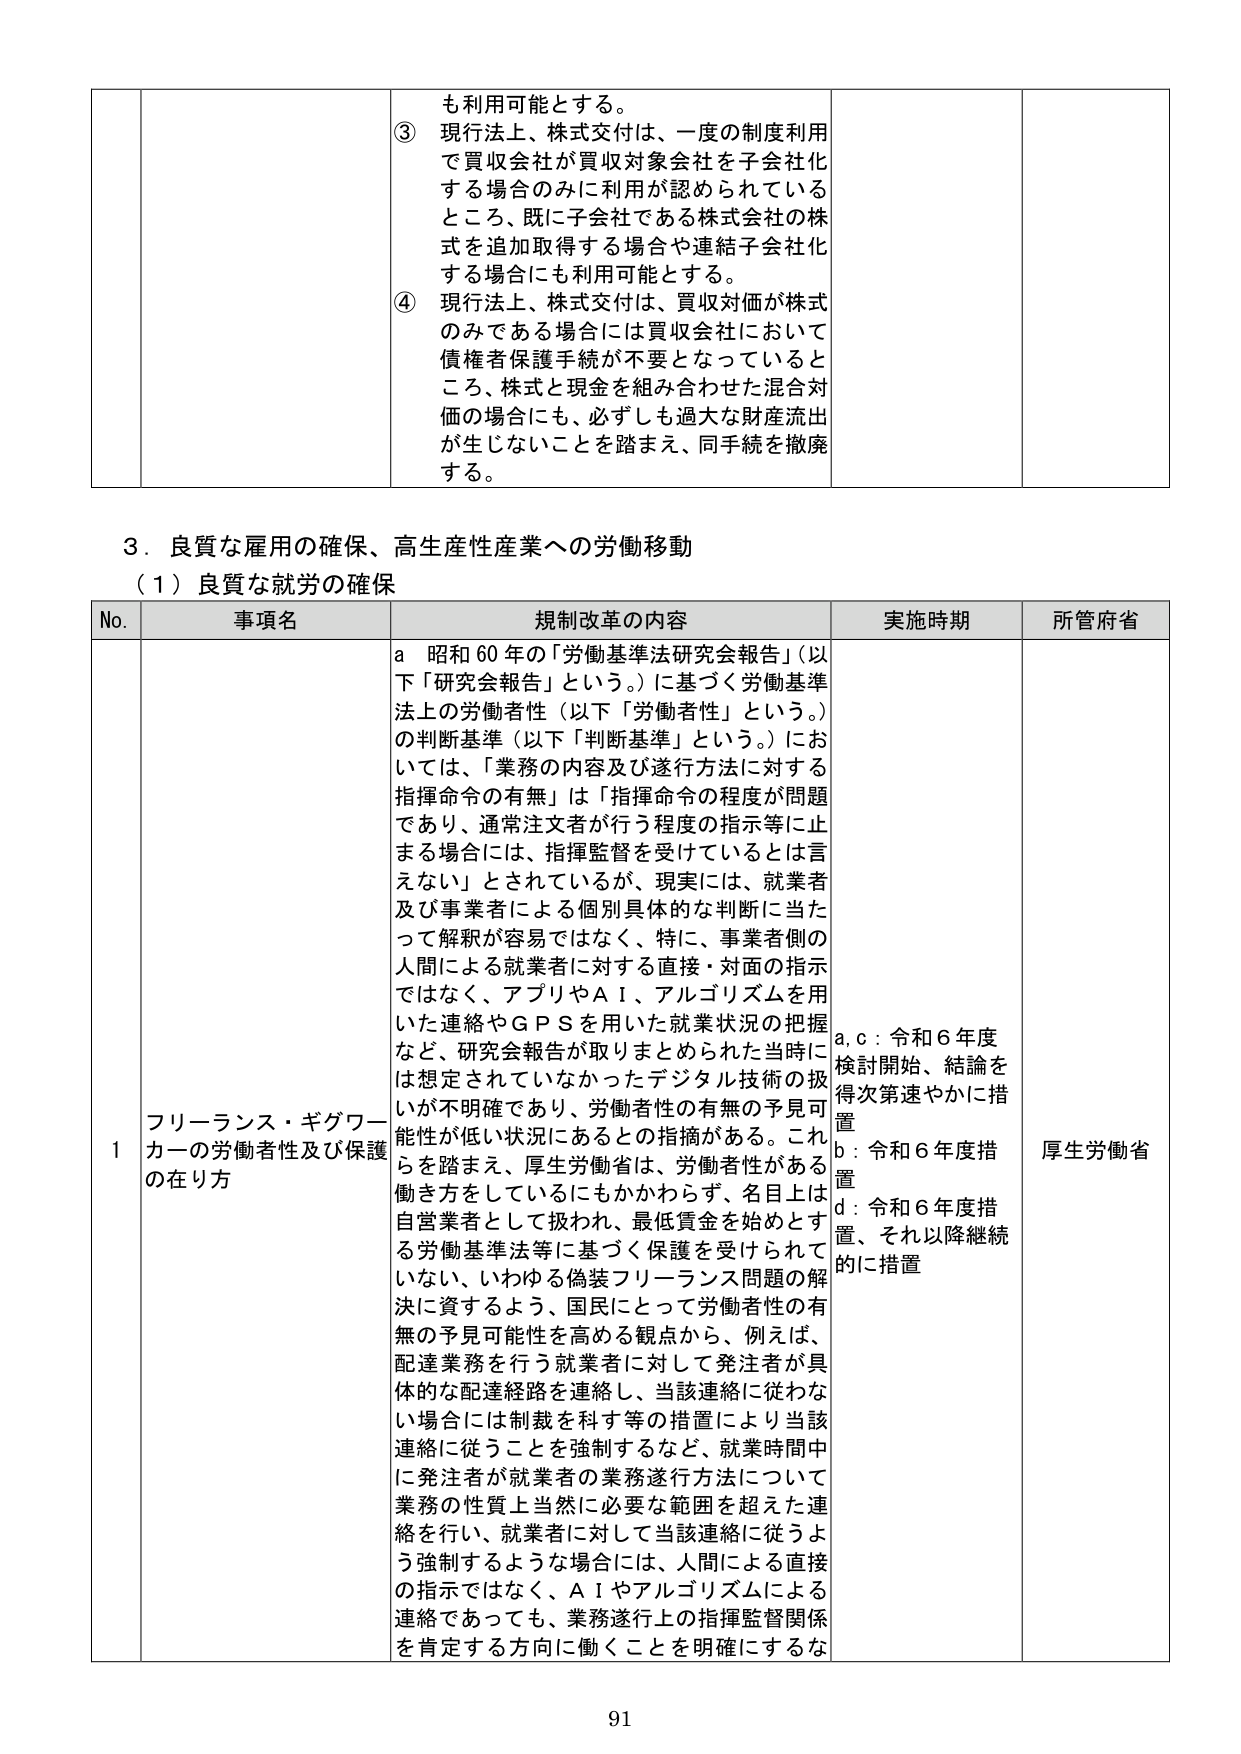
も利用可能とする。
③ 現行法上、株式交付は、一度の制度利用で買収会社が買収対象会社を子会社化する場合のみに利用が認められているところ、既に子会社である株式会社の株式を追加取得する場合や連結子会社化する場合にも利用可能とする。
④ 現行法上、株式交付は、買収対価が株式のみである場合には買収会社において債権者保護手続が不要となっているところ、株式と現金を組み合わせた混合対価の場合にも、必ずしも過大な財産流出が生じないことを踏まえ、同手続を撤廃する。

3．良質な雇用の確保、高生産性産業への労働移動
（1）良質な就労の確保

No. 事項名 規制改革の内容 実施時期 所管府省
1 フリーランス・ギグワーカーの労働者性及び保護の在り方 a 昭和60年の「労働基準法研究会報告」（以下「研究会報告」という。）に基づく労働基準法上の労働者性（以下「労働者性」という。）の判断基準（以下「判断基準」という。）においては、「業務の内容及び遂行方法に対する指揮命令の有無」は「指揮命令の程度が問題であり、通常注文者が行う程度の指示等に止まる場合には、指揮監督を受けているとは言えない」とされているが、現実には、就業者及び事業者による個別具体的な判断に当たって解釈が容易ではなく、特に、事業者側の人間による就業者に対する直接・対面の指示ではなく、アプリやAI、アルゴリズムを用いた連絡やGPSを用いた就業状況の把握など、研究会報告が取りまとめられた当時には想定されていなかったデジタル技術の扱いが不明確であり、労働者性の有無の予見可能性が低い状況にあるとの指摘がある。これらを踏まえ、厚生労働省は、労働者性がある働き方をしているにもかかわらず、名目上は自営業者として扱われ、最低賃金を始めとする労働基準法等に基づく保護を受けられていない、いわゆる偽装フリーランス問題の解決に資するよう、国民にとって労働者性の有無の予見可能性を高める観点から、例えば、配達業務を行う就業者に対して発注者が具体的な配達経路を連絡し、当該連絡に従わない場合には制裁を科す等の措置により当該連絡に従うことを強制するなど、就業時間中に発注者が就業者の業務遂行方法について業務の性質上当然に必要な範囲を超えた連絡を行い、就業者に対して当該連絡に従うよう強制するような場合には、人間による直接の指示ではなく、AIやアルゴリズムによる連絡であっても、業務遂行上の指揮監督関係を肯定する方向に働くことを明確にするな a,c：令和6年度検討開始、結論を得次第速やかに措置
b：令和6年度措置
d：令和6年度措置、それ以降継続的に措置 厚生労働省

91